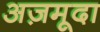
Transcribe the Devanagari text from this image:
अज़मूदा